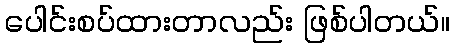
ပေါင်းစပ်ထားတာလည်း ဖြစ်ပါတယ်။